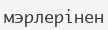
мэрлерінен